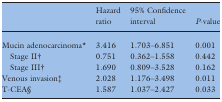
|  | Hazard ratio | 95% Confidence interval | P-value |
 | --- | --- | --- | --- |
 | Mucin adenocarcinoma* | 3.416 | 1.703–6.851 | 0.001 |
 | Stage II† | 0.751 | 0.362–1.558 | 0.442 |
 | Stage III† | 1.690 | 0.809–3.528 | 0.162 |
 | Venous invasion‡ | 2.028 | 1.176–3.498 | 0.011 |
 | T-CEA§ | 1.587 | 1.037–2.427 | 0.033 |